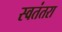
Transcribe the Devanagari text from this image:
स्वतंतरा